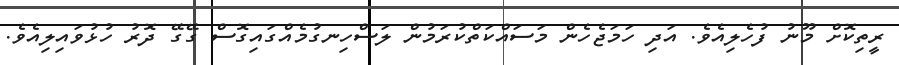
ރީތިކޮށް މޫނު ފުހެލިއެވެ. އަދި ހަމަޖެހެން މަސައްކަތްކުރަމުން ލަސްހިނގުމެއްގައިގޮސް ގޭގޭ ދޮރު ހުޅުވައިލިއެވެ.